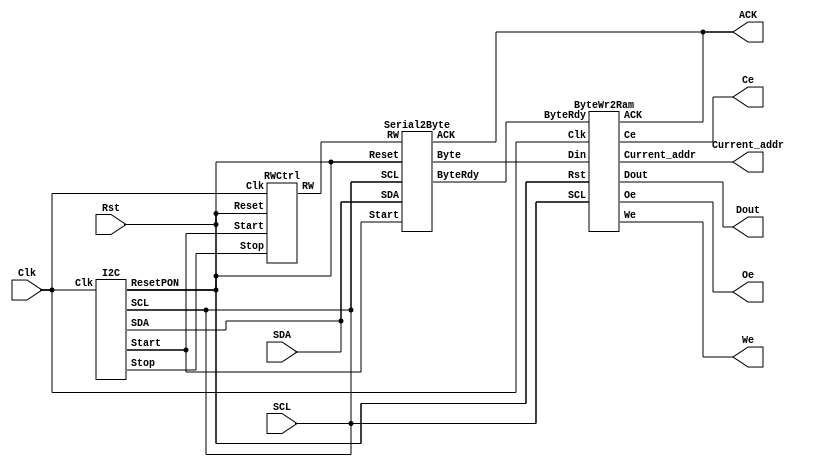
//This Verilog code datalog I2C bus traffic and writes into an external
//RAM in 8 bit byte format. It supports the 5 Atmel I2C read/write
//protocals:  (1) One byte read-  S:DEV:ADD:R:A:DATA:A:P
//            (2) One byte write- S:DEV:ADD:W:A:DATA:A:P
//            (3) Page write -    S:DEV:ADD:W:A:DATA1:A:DATA2:A ...P
//            (4) Page read-      S:DEV:ADD:R:A:DATA1:A:DATA2:A ...P
//            (5) Random read-    S:DEV:W:A:ADD:A:S:DEV:R:A:DATA:A:...P
//
//Algorithm-
//The design consist of a start and stop bit detector, a serial to
//parallel shift register, a read write control. Serial to parallel
//conversion begin when the start bit is detected, upon which all
//necessary data are initialized. 
//into an external RAM in a 9 bit wide format. The 9th bit is output as
//This I2C traffic logger works best with Clk 5 to 10MHz. The I2C
//clock speed from 30KHz to 180KHz
`timescale 10ns/100ps
module 		I2CLog(Clk,SDA,SCL,Rst,Ce,Oe,We,ACK,Dout,Current_addr);
input 		Clk,Rst,SDA,SCL;
output   	Ce,Oe,We,ACK;
output[7:0]     Dout;
output[14:0]    Current_addr;
wire		Start,Stop,SDA,SCL,RW,ACK,Clk,Rst,ByteRdy;
wire[8:0] 	Byte;
I2C        	ModStSp(Clk,SCL,SDA,Start,Stop,Rst);
Serial2Byte 	ModSerial2Byte(SCL,SDA,RW,Start,Rst,Byte,ACK,ByteRdy);
ByteWr2Ram  	ModByteWr(Clk,SCL,Rst,ByteRdy,Oe,We,Ce,Byte,Dout,ACK,Current_addr);
RWCtrl          ModRW(Clk,Start,Stop,Rst,RW); 
endmodule 

//StartStop verilog code generates a start pulse on posedge of
//I2C start bit, and a stop pulse on the posedge of I2C stop bit. 
//The pulse width is about 2 clock cycles and varies slightly
//due to asynchronous timing of start and stop bits
//This design is verified on I2C bus such as Atmel eproms
//to detect start and stop bit up to 200KHz bus rate
//The propagation delays from the edge of the I2C start and
//stop bits to the leading edge of the Start/Stop pulse is ~10nS
//Note implementation on C4000 Xilinx have to choose the global
//clocks for the SDA and SCL pins. Only P13,P35,P10,P72,P78 work
//in the XS40 board. Typical implementation: SCL=P10,SDA=P35,Start=P27
//Stop=P28,ResetPON=P44(from Xport control)
module StartTrigger(SCL,SDA,Start,Reset);
	input SCL,SDA,Reset;
	output Start;
	wire   Din;
	wire   SCL;
	DlatchNeg   StLatch(Reset,SDA,SCL,Start);
endmodule
module StopTrigger(SCL,SDA,Start,Reset);
	input SCL,SDA,Reset;
	output Start;
	wire   Din;
	wire   SCL;
	DlatchPos   SpLatch(Reset,SDA,SCL,Start);
endmodule
module DlatchNeg(Reset,Clk,Din,Q);
	input Reset,Clk,Din;
	output   Q;
	reg Q;
	always @(negedge Clk or posedge Reset)
		if (Reset) 
			Q=1'b0;
		else
			Q=Din;
endmodule
module DlatchPos(Reset,Clk,Din,Q);
	input Reset,Clk,Din;
	output   Q;
	reg Q;
	always @(posedge Clk or posedge Reset)
		if (Reset) 
			Q=1'b0;
		else
			Q=Din;
endmodule
module I2CStart(Clk,SCL,SDA,Start,ResetPON);
        input   Clk,SCL,SDA;
        output  Start,ResetPON;
        reg	[1:0]	StState_reg,StNext_state;
        wire    Clk,Start,Reset,SCL,SDA;
        reg     RstStart,ResetPON;

parameter	StReset_state   = 2'b00;
parameter	PulseStart_state  = 2'b01;
parameter       PulseOff_state  = 2'b10;
assign          Reset= (RstStart || ResetPON);
StartTrigger   ModStart(SCL,SDA,Start,Reset);       
always @(posedge ResetPON or posedge Clk)
	if (ResetPON == 1) 
	begin
	        StState_reg <= StReset_state;
    	        end
 	   else 
 	   begin
 	   	StState_reg <= StNext_state;
 	  end
always @(StState_reg or Clk) 
		case (StState_reg)	
			StReset_state:
			if (Start == 1)
				begin
					StNext_state <=PulseStart_state;  
					RstStart=0;
				end
			else
				begin
			                RstStart=0;
			                StNext_state <= StReset_state; 
				 end
		   	PulseStart_state:
			begin
				RstStart=0;
				StNext_state <= PulseOff_state;
			end
			PulseOff_state:
			 begin
			        RstStart=1;
			        StNext_state <= StReset_state; 
			        end
			default: StNext_state <= StReset_state;	  
			endcase	 
 			
endmodule
module I2CStop(Clk,SCL,SDA,Stop,ResetPON);
        input   Clk,SCL,SDA;
        output  Stop,ResetPON;
        reg	[1:0]	SpState_reg,SpNext_state;
        wire    Clk,Stop,Reset,SCL,SDA;
        reg     RstStop,ResetPON;

parameter	SpReset_state   = 2'b00;
parameter	PulseStop_state  = 2'b01;
parameter       PulseOffStop_state  = 2'b10;
assign          Reset= (RstStop || ResetPON);
StopTrigger   ModStop(SCL,SDA,Stop,Reset);       
always @(posedge ResetPON or posedge Clk)
	if (ResetPON == 1) 
	begin
	        SpState_reg <= SpReset_state;
    	        end
 	   else 
 	   begin
 	   	SpState_reg <= SpNext_state;
 	  end
always @(SpState_reg or Clk) 
		case (SpState_reg)	
			SpReset_state:
			if (Stop == 1)
				begin
					SpNext_state <=PulseStop_state;  
					RstStop=0;
				end
			else
				begin
			                RstStop=0;
			                SpNext_state <= SpReset_state; 
				 end
		   	PulseStop_state:
			begin
				RstStop=0;
				SpNext_state <= PulseOffStop_state;
			end
			PulseOffStop_state:
			 begin
			        RstStop=1;
			        SpNext_state <= SpReset_state; 
			        end
			default: SpNext_state <= SpReset_state;	  
			endcase	 
 			
endmodule
module I2C(Clk,SCL,SDA,Start,Stop,ResetPON);
        input   Clk;
        output  Start,Stop,SCL,SDA,ResetPON;
        reg     SCL,SDA;
        wire    Clk;
I2CStop   mod1(Clk,SCL,SDA,Stop,ResetPON);
I2CStart  mod2(Clk,SCL,SDA,Start,ResetPON);
endmodule        

//Serial to parallel conversion module. 
//This module converts the serial SDA bits into a 9 bit
//byte format with the 9th bit as ACK. Conversion commences
//and ends with asserting and de-asserting the input Start
//signal. The Start behaves like a reset where the output byte is
//initialized to 0, and bit count is set to 0, and handshake ByteRdy
//is reseted to 0. ByteRdy is asserted every 9th cycle
                 
module         Serial2Byte (SCL,SDA,RW,Start,Reset,Byte,ACK,ByteRdy);
input          SCL,SDA,RW,Start,Reset;
output[8:0]    Byte;
output         ACK,ByteRdy;
reg[8:0]       Byte;
reg            ByteRdy;
wire	       RWInv,RstSerial;
reg[3:0]       COUNT;
reg[1:0]       state_reg,next_state;
parameter      reset_state='b00;
parameter      start_state='b01;
parameter      stop_state ='b10;
assign 	       RWInv=~RW;
assign	       RstSerial=Reset||Start;	
always @(posedge SCL or posedge RstSerial or posedge RWInv)
	begin
   		if (RstSerial)
	   		begin
	      			COUNT = 4'b0;
	      			ByteRdy =0;
	      			Byte = 9'b0;
	      		end
	      	else if (RWInv)
   		  	 begin
	    			COUNT=4'b0;
	    			ByteRdy =0;
	    			Byte=9'b0;
	    		 end
	    		 else
	   		begin
	      			Byte = {Byte[7:0],SDA};	
	      			COUNT = COUNT + 1;
	      			if (COUNT==9)
  			 		begin
   						ByteRdy =1;
   						COUNT =0;   
   			 		end 
   			 		else
   			 			ByteRdy=0;  
			end		  	
	end
endmodule  
          
//Write to Ram
//A repeated read2 and write2 is added to give longer valid write time                          
module 		ByteWr2Ram(Clk,SCL,Rst,ByteRdy,Oe,We,Ce,Din,Dout,ACK,Current_addr);
input    	Clk,SCL,Rst,ByteRdy;
input[8:0]      Din;
output[7:0]     Dout;
output[14:0]    Current_addr;
output  	Oe,Ce,We,ACK;
reg             Oe,Ce,We; 
reg             RstByteRdy,ACK;
wire            Din1,Rst;
reg[7:0]        Dout;
reg[14:0]  	Current_addr,Next_addr;
reg[7:0]   	Current_data,Next_data;
reg[2:0]	state_reg,next_state;
assign          Din1='b1;
parameter	reset_state   = 3'b000;
parameter	load_state    = 3'b001;
parameter  	write1_state   = 3'b010;
parameter       write2_state   = 3'b011;
parameter       read1_state    = 3'b100;
parameter       read2_state    = 3'b101;
DFF             Mod1(ByteRdy,RstByteRdy,Din1,ByteRdyOut);
	always @(posedge Clk or posedge Rst)
	   if (Rst)
		 	state_reg = reset_state;
		 else
 			state_reg = next_state;
 	always @(posedge Clk)			
 		case (state_reg)	
			reset_state:
			begin 
			   if (Rst)
			   begin
			        next_state =reset_state;	
			        Next_addr  ='h0000;
			        Current_addr ='h0000;
			        Dout       ='b00000000;
			        Oe         =1;
				We         =1;
				Ce         =1;
				RstByteRdy =1;
			        end
			    else
			        begin
				next_state =load_state;
				RstByteRdy =0;
				end
			end
			
		        load_state:
		       
		        if (ByteRdyOut)
		              begin
			   	Oe =1;
			   	We =1;
			   	Ce =0;
			   	Current_addr =Next_addr;
			   	next_state  = write1_state;
			   	Dout[7:0] =Din[8:1];
			   	ACK = Din[0];
			   	RstByteRdy =0;
			 	end 
			 	else
			 	begin
			 	next_state =load_state;
			 	Current_addr =Next_addr;
			 	end
			write1_state:
			begin
				We =0;
				Oe =1;
				Ce =0;
				next_state = write2_state;
				RstByteRdy =1;
				end
			write2_state:
			begin
			        We=0;
			        Oe=1;
			        Ce=0;
			        RstByteRdy =0;	
			        next_state = read1_state;
			end
		    
			read1_state:
				begin
					We =1;
					Oe =1;
					Ce =0;
					RstByteRdy=0;
					next_state = read2_state;
				end
			read2_state:
				begin
					We=1;
					Oe=1;
					Ce=0;
					next_state = load_state;
					Next_addr =Current_addr+1;
					
				end
			default         next_state = load_state;			
		
		endcase
	endmodule

module DFF(CLK,RESET,DIN,DOUT);
	  input CLK,RESET,DIN;
	  output DOUT;
	  reg DOUT;
	always @(posedge CLK or posedge RESET)
		begin 
      			if (RESET)	  
         			DOUT = 1'b0;
      			else          
         			DOUT = DIN;
		end
endmodule
//This code generates an one short trigger pulse
//when arm=1 at trigger in
//A 3 state machine clocked bythe fast Clk to ensure
//RW signal responds to Start and Stop signal with little delay
//The state machine toggles between start and stop signal to 
//generate the RW output for RAM write.
module    RWCtrl (Clk,Start,Stop,Reset,RW);
input       Clk,Start,Stop,Reset;
output      RW;
wire        Clk; 
reg         RW; 
reg	[2:0]	state_reg,next_state;
parameter	start_state   = 2'b00;
parameter	arming_state  = 2'b01;
parameter	stop_state    = 2'b10;  
always @(posedge Clk or posedge Reset) 
	if (Reset) state_reg <= start_state;
	   else state_reg <= next_state;
always @(state_reg or Start or Stop) 
		case (state_reg)	
			start_state:
			if (Start == 1)
				begin
					next_state <= arming_state;
					RW =1;
				end
			else	
				begin
					RW =0;
					next_state <= start_state; 
				end
			arming_state:
		      if (Stop==1)
		      begin
		                RW=0;
		      		next_state <= start_state;
		      		end
			 else 
				  begin
					RW=1;
					next_state <= arming_state; 
				  end

			default: next_state <= start_state;
		endcase	 
endmodule